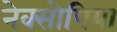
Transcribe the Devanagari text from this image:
नेक्सोपिया